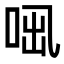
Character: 𠲫